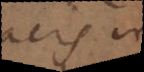
pacis in